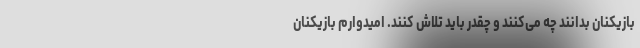
بازیکنان بدانند چه می‌کنند و چقدر باید تلاش کنند. امیدوارم بازیکنان